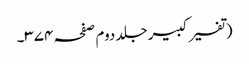
(تفسیر کبیر جلد دوم صفحہ ۳۷۴۔